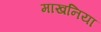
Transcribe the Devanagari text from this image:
माखनिया